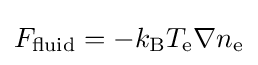
F_{\rm {fluid}}=-k_{\text{B}}T_{\text{e}}\nabla n_{\text{e}}